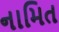
નામિત